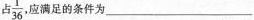
占\frac{1}{36} ，应满足的条件为_____